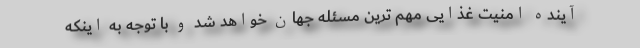
آینده امنیت غذایی مهم ترین مسئله جهان خواهد شد و با توجه به‌ اینکه